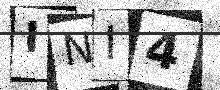
Text: INI4